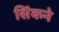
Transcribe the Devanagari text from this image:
सिंकने